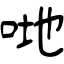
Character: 哋